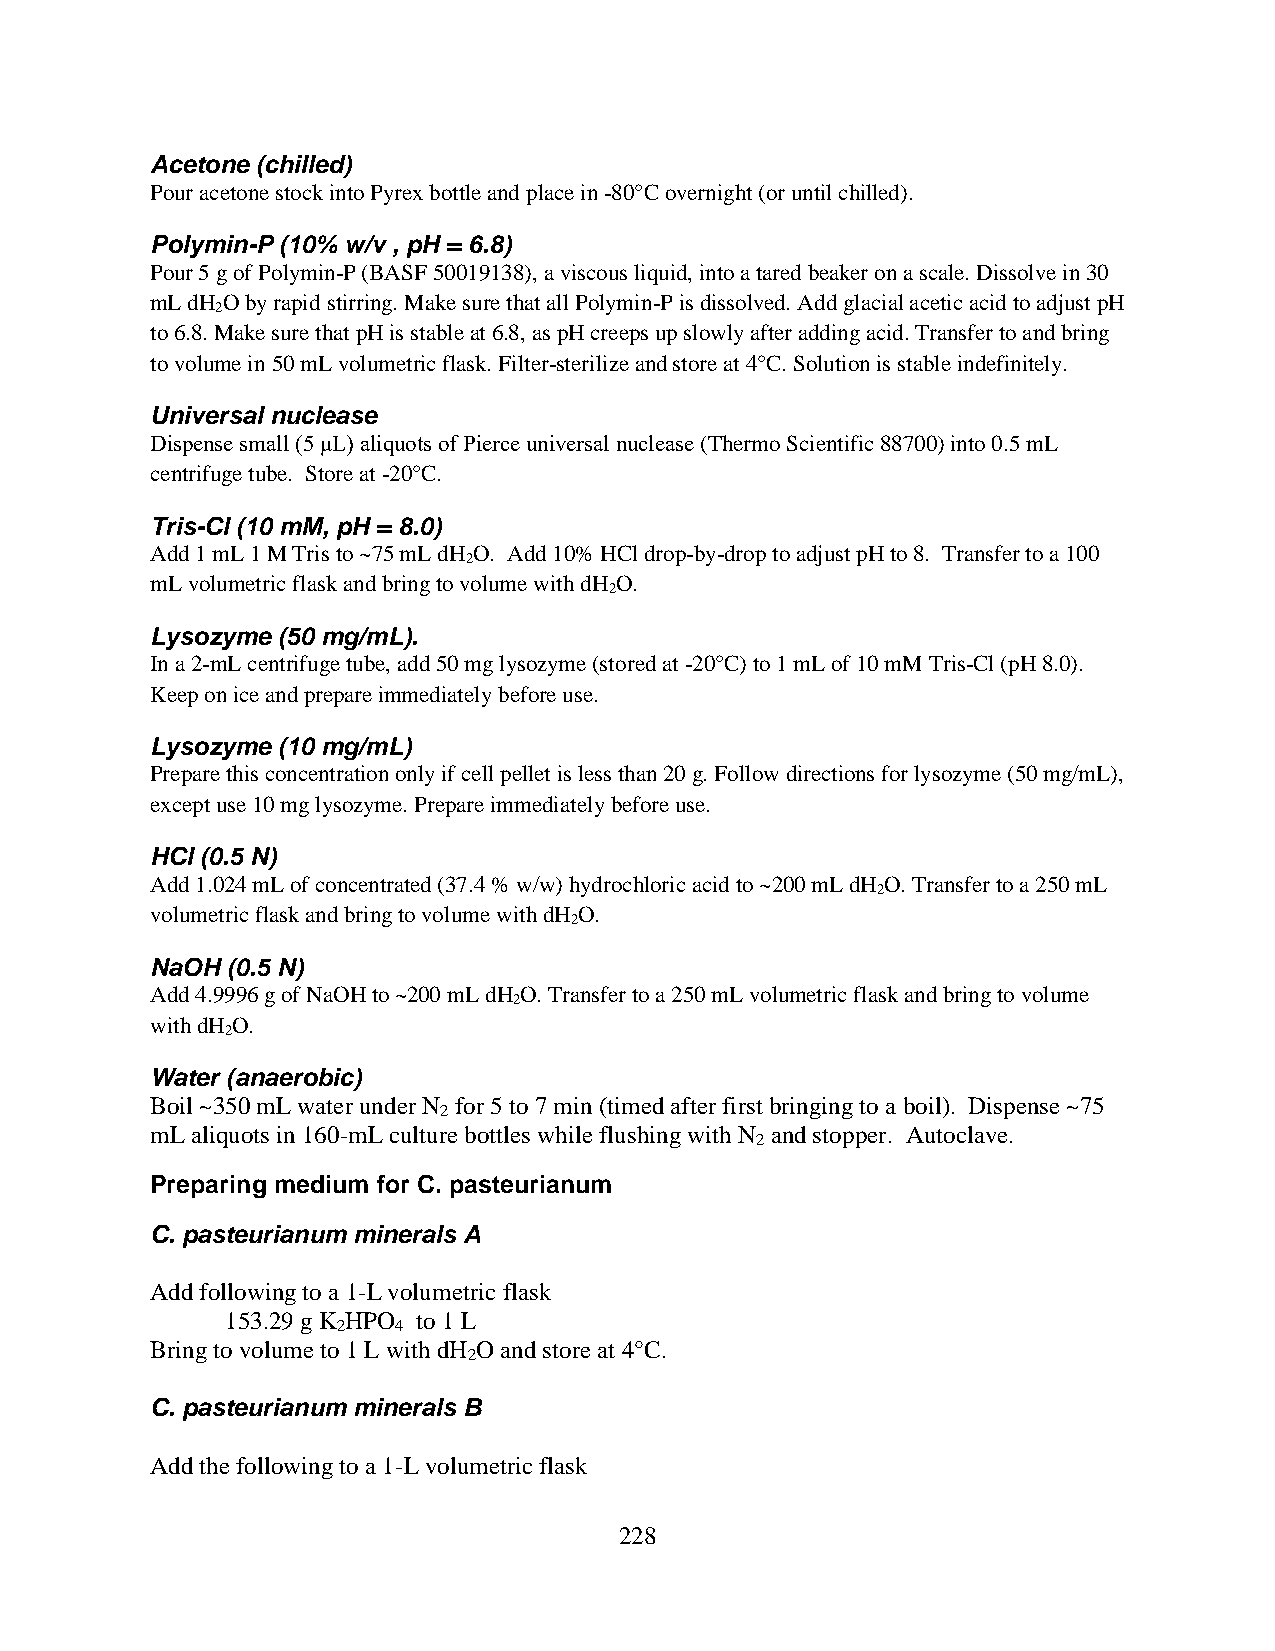
Acetone (chilled)
 Pour acetone stock into Pyrex bottle and place in -80°C overnight (or until chilled).
 Polymin-P (10% w/v , pH = 6.8)
 Pour 5 g of Polymin-P (BASF 50019138), a viscous liquid, into a tared beaker on a scale. Dissolve in 30
 mL dH O by rapid stirring. Make sure that all Polymin-P is dissolved. Add glacial acetic acid to adjust pH
 2
 to 6.8. Make sure that pH is stable at 6.8, as pH creeps up slowly after adding acid. Transfer to and bring
 to volume in 50 mL volumetric flask. Filter-sterilize and store at 4°C. Solution is stable indefinitely.
 Universal nuclease
 Dispense small (5 μL) aliquots of Pierce universal nuclease (Thermo Scientific 88700) into 0.5 mL
 centrifuge tube. Store at -20°C.
 Tris-Cl (10 mM, pH = 8.0)
 Add 1 mL 1 M Tris to ~75 mL dH O. Add 10% HCl drop-by-drop to adjust pH to 8. Transfer to a 100
 2
 mL volumetric flask and bring to volume with dH O.
 2
 Lysozyme (50 mg/mL).
 In a 2-mL centrifuge tube, add 50 mg lysozyme (stored at -20°C) to 1 mL of 10 mM Tris-Cl (pH 8.0).
 Keep on ice and prepare immediately before use.
 Lysozyme (10 mg/mL)
 Prepare this concentration only if cell pellet is less than 20 g. Follow directions for lysozyme (50 mg/mL),
 except use 10 mg lysozyme. Prepare immediately before use.
 HCl (0.5 N)
 Add 1.024 mL of concentrated (37.4 % w/w) hydrochloric acid to ~200 mL dH O. Transfer to a 250 mL
 2
 volumetric flask and bring to volume with dH O.
 2
 NaOH (0.5 N)
 Add 4.9996 g of NaOH to ~200 mL dH O. Transfer to a 250 mL volumetric flask and bring to volume
 2
 with dH O.
 2
 Water (anaerobic)
 Boil ~350 mL water under N for 5 to 7 min (timed after first bringing to a boil). Dispense ~75
 2
 mL aliquots in 160-mL culture bottles while flushing with N and stopper. Autoclave.
 2
 Preparing medium for C. pasteurianum
 C. pasteurianum minerals A
 Add following to a 1-L volumetric flask
 153.29 g K HPO to 1 L
 2   4
 Bring to volume to 1 L with dH O and store at 4°C.
 2
 C. pasteurianum minerals B
 Add the following to a 1-L volumetric flask
 228